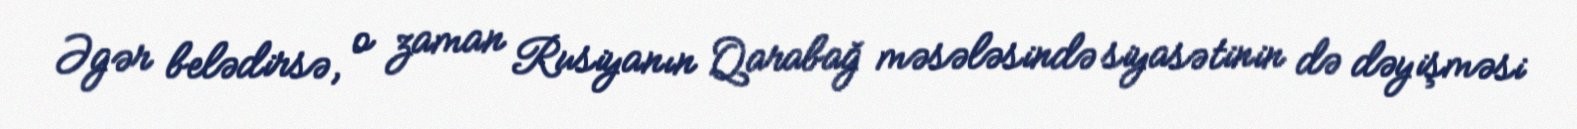
Əgər belədirsə, o zaman Rusiyanın Qarabağ məsələsində siyasətinin də dəyişməsi